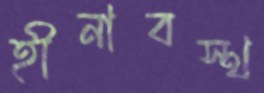
হীনাবস্থ